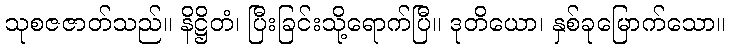
သုစဇဇာတ်သည်။ နိဋ္ဌိတံ၊ ပြီးခြင်းသို့ရောက်ပြီ။ ဒုတိယော၊ နှစ်ခုမြောက်သော။